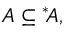
A \subseteq { ^ { * } \! A } ,